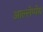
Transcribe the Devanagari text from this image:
आल्लेप्पेय